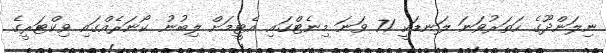
ނިލަންދޫގެ ހަތަރުވަނަ ލަނޑަކީ 71 ވަނަ މިނެޓްގައި އެޓީމަށް ލިބުނު ކޯނަރެއްގައި ވިކްޓަރީގެ